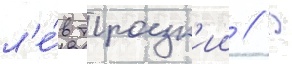
л'е́в троцк'ии // В